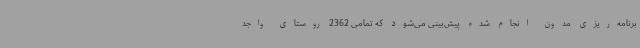
برنامه‌ریزی مدون انجام شده پیش‌بینی می‌شود که تمامی 2362 روستای واجد